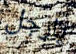
يارجل